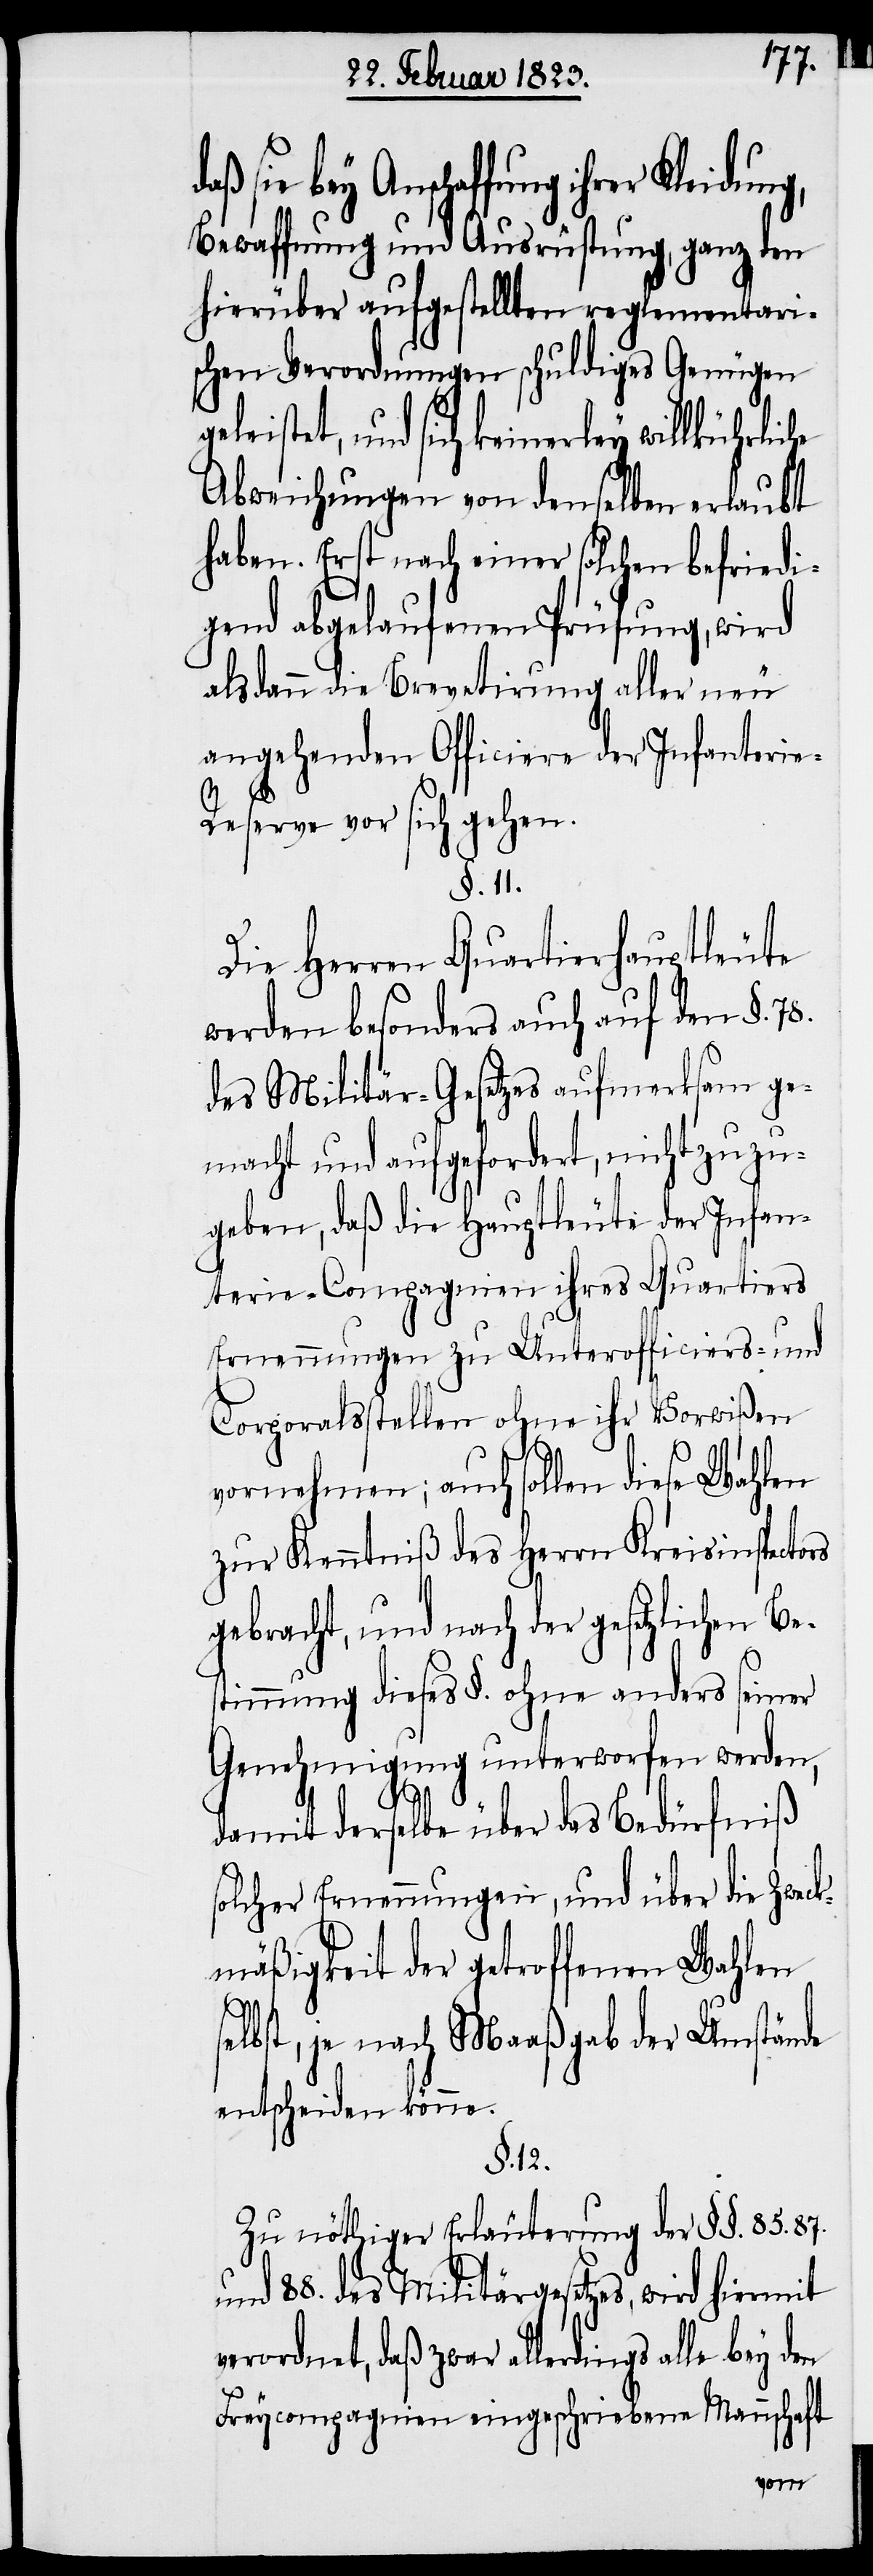
87.
bey Anschaffung ihrer Kleidung,
Bewaffnung und Ausrüstung, ganz den
hierüber aufgestellten reglementari¬
schen Verordnungen schuldiges Genügen
leistet, und sich keinerley
Abweichungen von denselben erlaubt
haben. Erst nach einer solchen befriedi¬
gend abgelaufenen Prüfung, wird
alsdann die Brevetirung aller neu
angehenden Officiere der Infanterie-R¬
eserve vor sich gehen.
§. 11.
Die Herren Quartierhauptleute
werden besonders auch auf den §. 78.
des Militär-Gesetzes aufmerksam ge¬
macht und aufgefordert, nicht zuzu¬
geben, daß die Hauptleute der Infan¬
terie-Compagnien ihres Quartiers
Ernennungen zu Unterofficiers- und
Corporalsstellen ohne ihr Vorwißen
vornehmen; auch sollen diese Wahlen
zur Kenntniß des Herrn Kreisinspectors
gebracht, und nach der gesetzlichen Be¬
stimmung dieses §. ohne anders seiner
Genehmigung unterworfen werden,
damit derselbe über das Bedürfniß
solcher Ernennungen, und über die Zweck¬
mäßigkeit der getroffenen Wahlen
elbst, je nach Maaßgab der Umstände
entscheiden könne.
§. 12.
Zu nöthiger Erläuterung der §§. 85.[,]
und 88. des Militärgesetzes, wird hiermit
verordnet, daß zwar allerdings alle bey den
Freycompagnien eingeschriebene Mannschaft
s¬